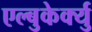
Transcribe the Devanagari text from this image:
एल्बुकेर्क्यु